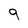
Character: 9